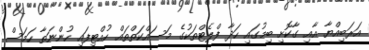
އަރަބިއްޔާ އާއި ގާކޮށި ބިމުގައި ހަދާ ފްލެޓްތަކުގެ މަސައްކަތްތައް ހުއްޓިފައި ހުންނަތާ ހަމަސް